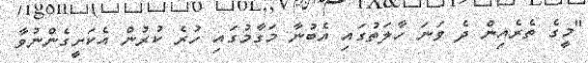
"މީގެ ތެރެއިން ދެ ވަނަ ހާލަތުގައި އެބުނާ މަގާމުގައި ހުރެ ކުރުން އެކަށީގެންނުވާ